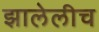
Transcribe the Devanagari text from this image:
झालेलीच